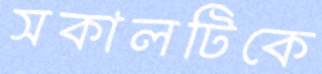
সকালটিকে